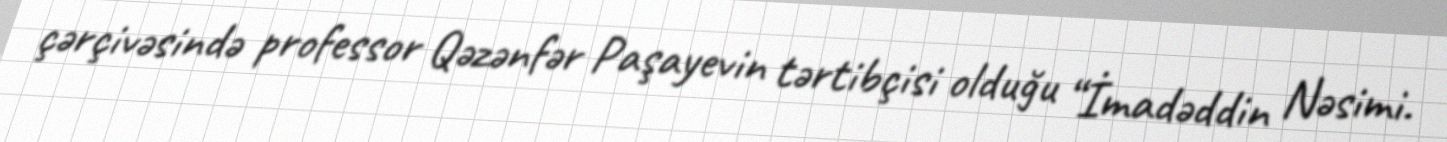
çərçivəsində professor Qəzənfər Paşayevin tərtibçisi olduğu “İmadəddin Nəsimi.